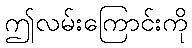
ဤလမ်းကြောင်းကို